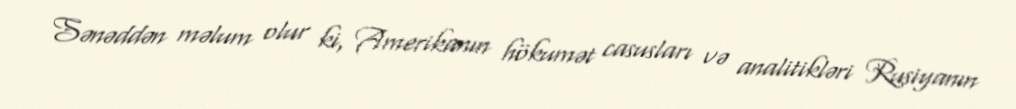
Sənəddən məlum olur ki, Amerikanın hökumət casusları və analitikləri Rusiyanın